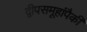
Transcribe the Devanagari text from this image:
द्वीपसमूहांपैकी